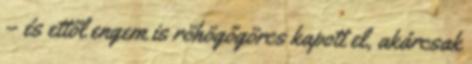
– és ettől engem is röhögőgörcs kapott el, akárcsak